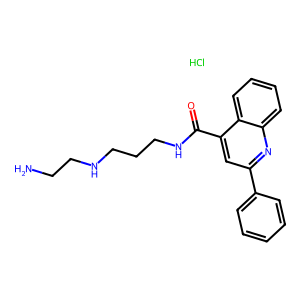
SMILES: Cl.NCCNCCCNC(=O)c1cc(-c2ccccc2)nc2ccccc12
Inhibits HIV replication: No